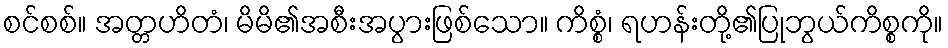
စင်စစ်။ အတ္တဟိတံ၊ မိမိ၏အစီးအပွားဖြစ်သော။ ကိစ္စံ၊ ရဟန်းတို့၏ပြုဘွယ်ကိစ္စကို။